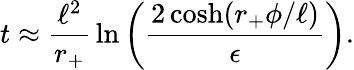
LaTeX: t\approx{\frac{\ell^{2}}{r_{+}}}\ln\left({\frac{2\cosh(r_{+}\phi/\ell)}{\epsilon}}\right).